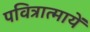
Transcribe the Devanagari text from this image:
पवित्रात्मायें